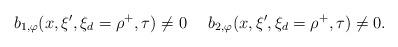
LaTeX: \begin{align*} b_{1,\varphi}(x,\xi',\xi_d=\rho^+,\tau) \neq 0 \ \ \ \ b_{2,\varphi}(x,\xi',\xi_d=\rho^+,\tau)\neq 0. \end{align*}